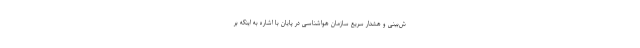
ش‌بینی و هشدار سریع سازمان هواشناسی در پایان با اشاره به اینکه بر